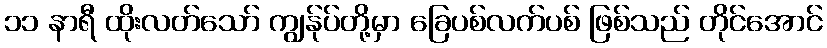
၁၁ နာရီ ထိုးလတ်သော် ကျွန်ုပ်တို့မှာ ခြေပစ်လက်ပစ် ဖြစ်သည် တိုင်အောင်